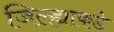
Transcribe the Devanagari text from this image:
जिल्ह्याकडे